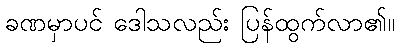
ခဏမှာပင် ဒေါသလည်း ပြန်ထွက်လာ၏။